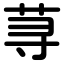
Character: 荨